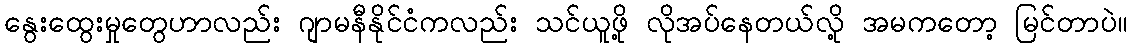
နွေးထွေးမှုတွေဟာလည်း ဂျာမနီနိုင်ငံကလည်း သင်ယူဖို့ လိုအပ်နေတယ်လို့ အမကတော့ မြင်တာပဲ။